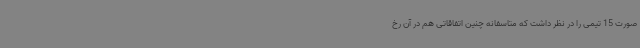
صورت 15 تیمی را در نظر داشت که متاسفانه چنین اتفاقاتی هم در آن رخ